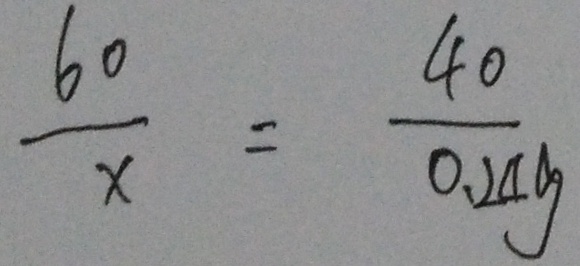
\frac { 6 0 } { x } = \frac { 4 0 } { 0 . 2 4 g }